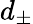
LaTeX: d_{\pm}